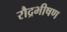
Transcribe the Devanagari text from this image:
रौद्रभीषण